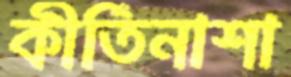
কীর্তিনাশা